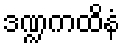
ဒဏ္ဍကထိနံ